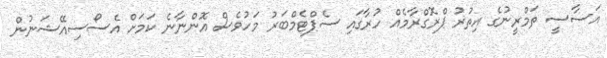
އަސާސީ ތަމްރީނުގެ އިތުރު ޕްރޮގްރާމެއް ހުރާގައި ސެޕްޓެމްބަރު މަހުވެސް އޮންނާނެ ކަމަށް އެސޯސިއޭޝަނުން